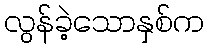
လွန်ခဲ့သောနှစ်က